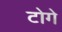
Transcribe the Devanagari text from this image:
टोगे